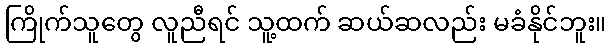
ကြိုက်သူတွေ လူညီရင် သူ့ထက် ဆယ်ဆလည်း မခံနိုင်ဘူး။